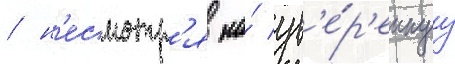
/ н'есмотр'я на́ ув'е́р'еннуу